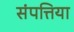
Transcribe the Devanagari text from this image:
संपत्तिया